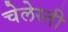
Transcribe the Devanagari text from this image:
चेलेस्ती